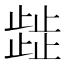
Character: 𭭴